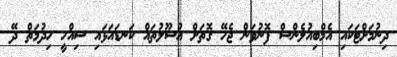
ދިނުމަށްޓަކައި އެމްބިއުލެންސް ފޮނުވަން ޖެހޭ ގޮތަށް އުސޫލުތައް ކަނޑައަޅައި ސިއްހީ ހިދުމަތް ދޭ